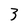
Character: 3